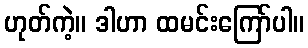
ဟုတ်ကဲ့။ ဒါဟာ ထမင်းကြော်ပါ။